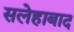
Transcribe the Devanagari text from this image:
सलेहाबाद